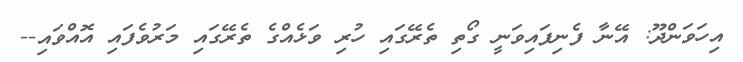
އިހަވަންދޫ: އޭނާ ފެނިފައިވަނީ ގޯތި ތެރޭގައި ހުރި ވަޅެއްގެ ތެރޭގައި މަރުވެފައި އޮއްވައި--